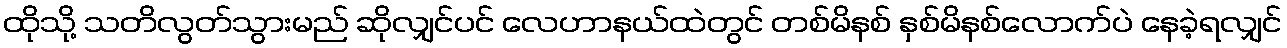
ထိုသို့ သတိလွတ်သွားမည် ဆိုလျှင်ပင် လေဟာနယ်ထဲတွင် တစ်မိနစ် နှစ်မိနစ်လောက်ပဲ နေခဲ့ရလျှင်